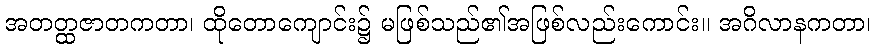
အတတ္ထဇာတကတာ၊ ထိုတောကျောင်း၌ မဖြစ်သည်၏အဖြစ်လည်းကောင်း။ အဂိလာနကတာ၊